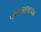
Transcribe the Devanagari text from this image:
पंचायतनाच्या